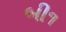
બી૧